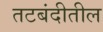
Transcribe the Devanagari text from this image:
तटबंदीतील